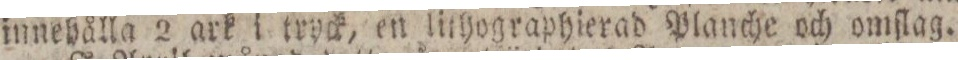
innehålla 2 ark i tryck, en lithographierad Planche och omſlag.